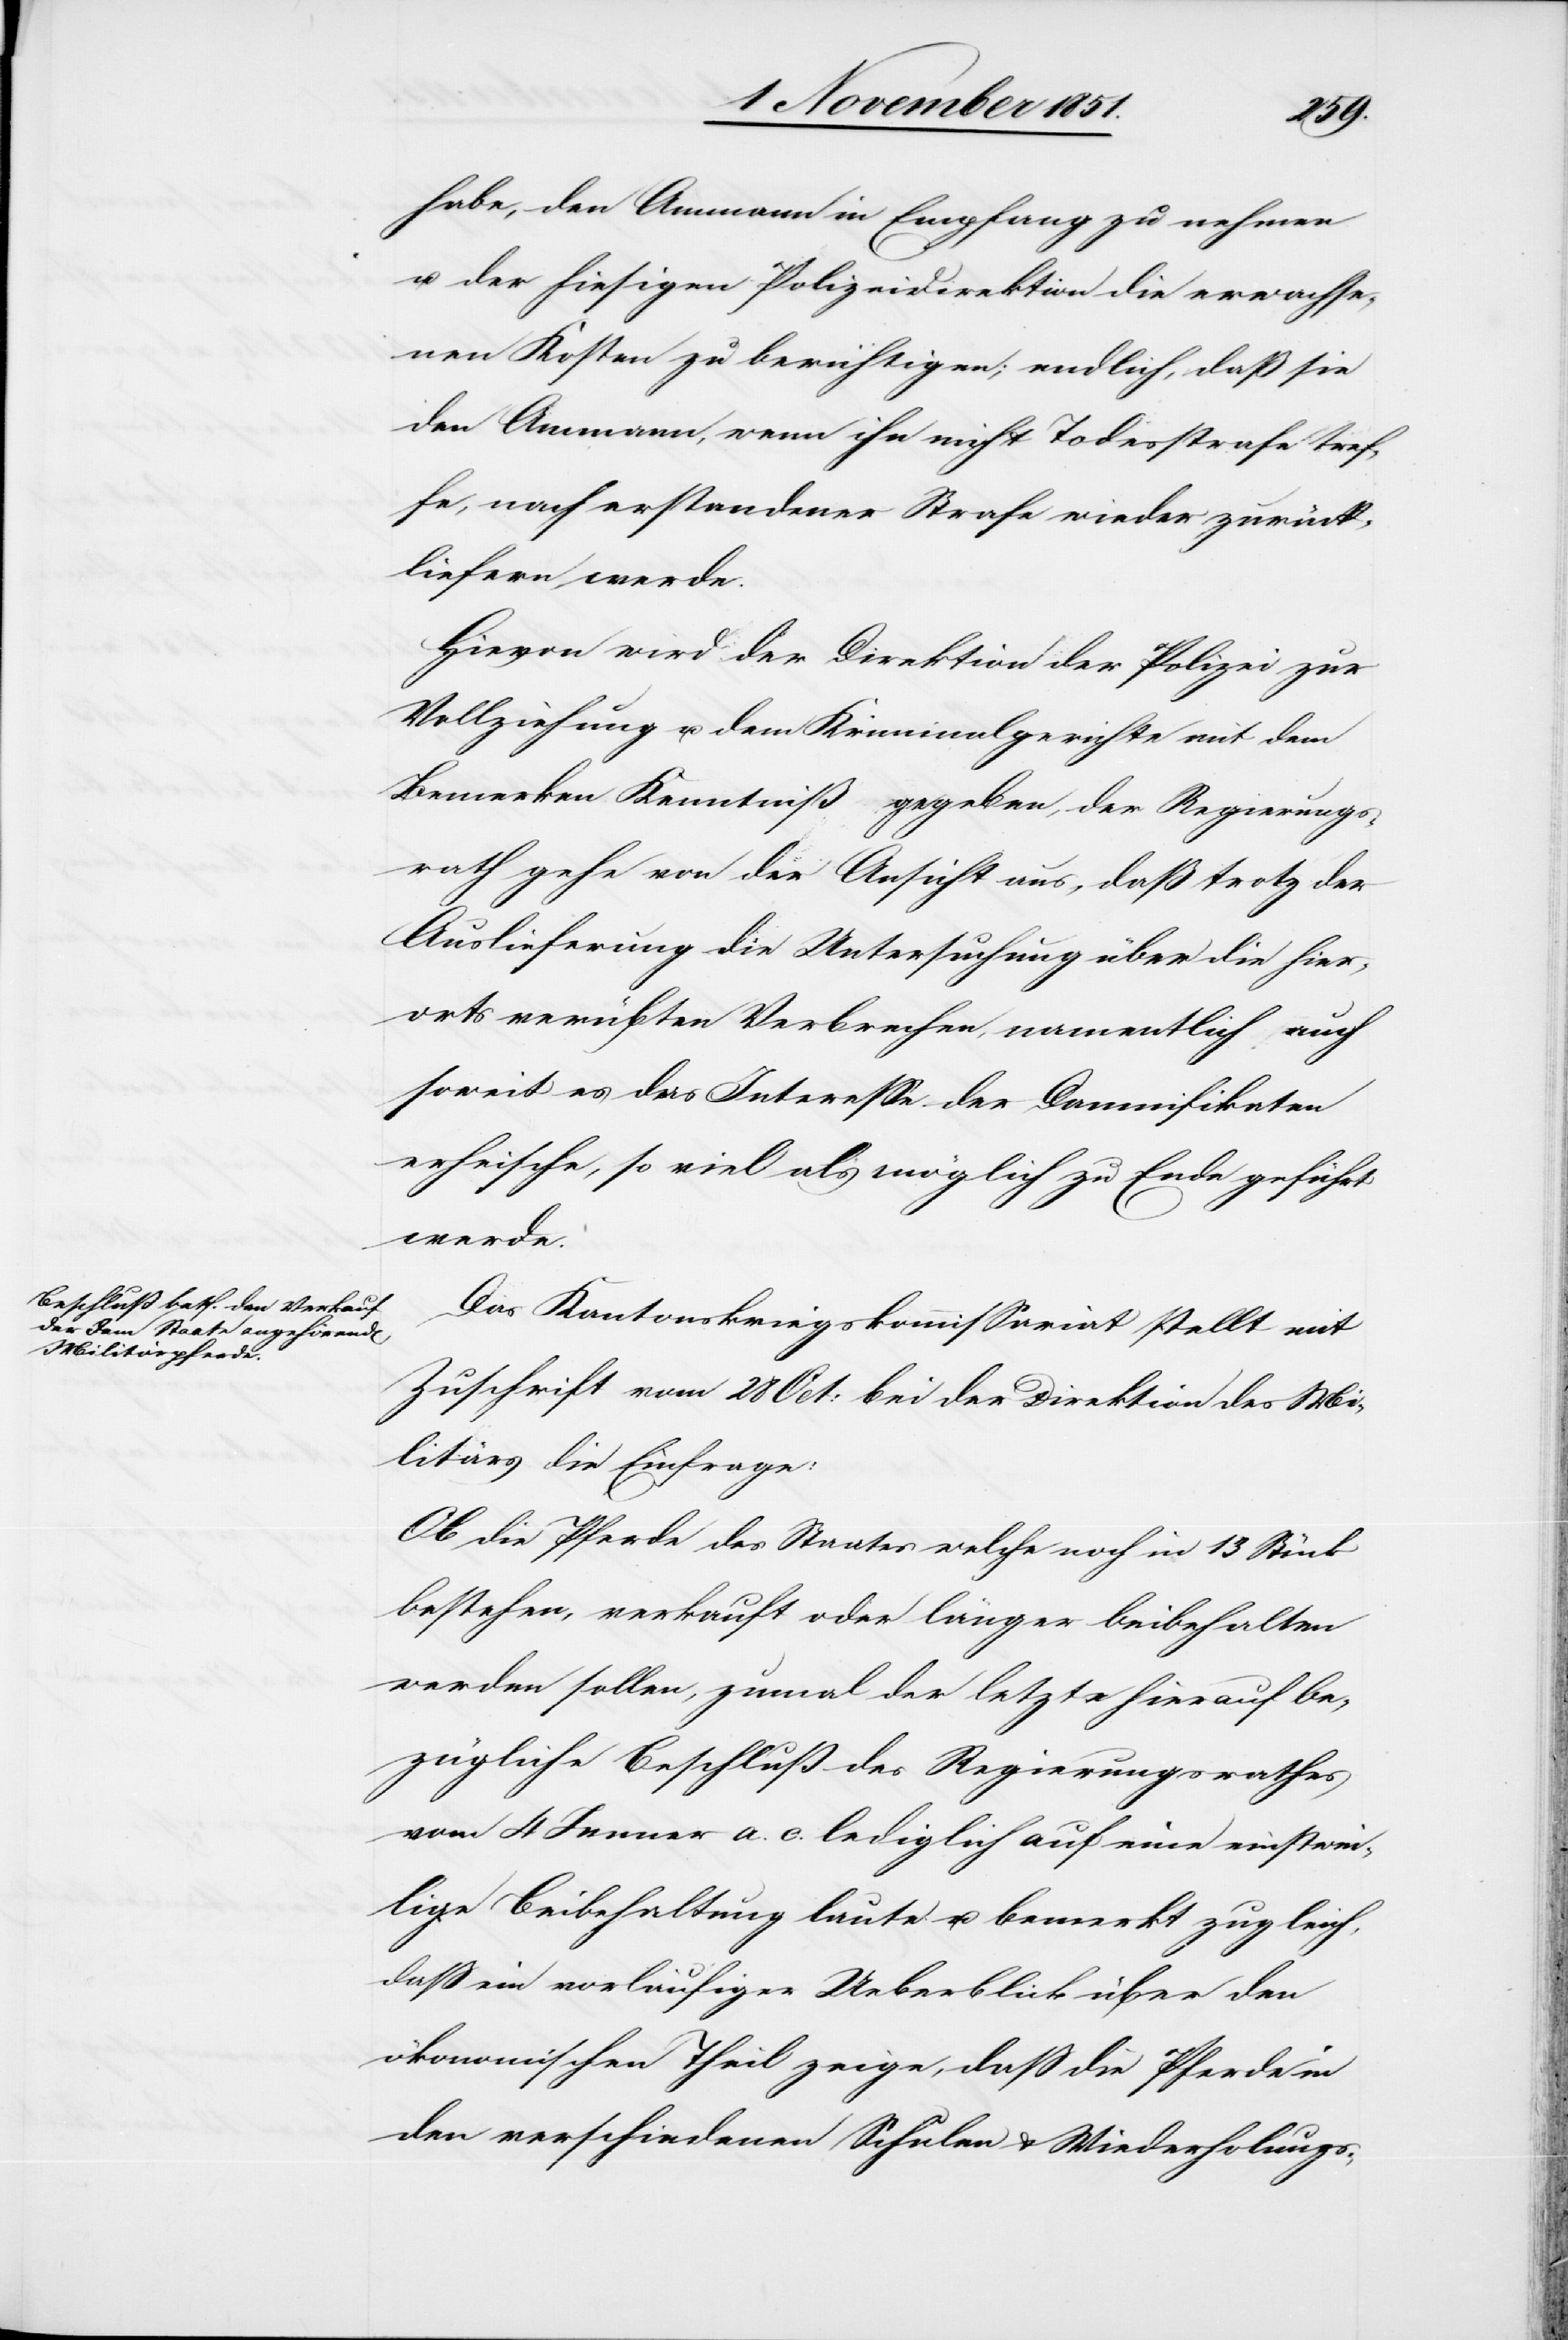
5 November 1851.]
habe, den Ammann in Empfang zu nehmen
u. der hiesigen Polizeidirektion die erwachse¬
nen Kosten zu berichtigen; endlich, daß sie
den Ammann, wenn ihn nicht Todesstrafe tref¬
fe, nach erstandener Strafe wieder zurück¬
liefern werde.
Hievon wird der Direktion der Polizei zur
Vollziehung u. dem Kriminalgerichte mit dem
Bemerken Kenntniß gegeben, der Regierungs¬
rath gehe von der Ansicht aus, daß trotz der
Auslieferung die Untersuchung über die hier¬
orts verübten Verbrechen, namentlich auch
soweit es das Interesse der Damnifikaten
erheische, so viel als möglich zu Ende geführt
werde.
Das Kantonskriegskommissariat stellt mit
Zuschrift vom 28 Oct: bei der Direktion des Mi¬
litärs die Einfrage:
Ob die Pferde des Staates welche noch in 13 Stück
bestehen, verkauft oder länger beibehalten
werden sollen, zumal der letzte hierauf be¬
zügliche Beschluß des Regierungsrathes
vom 4 Jenner a. c. lediglich auf eine einstwei¬
lige Beibehaltung laute u. bemerkt zugleich,
daß ein vorläufiger Ueberblick über den
ökonomischen Theil zeige, daß die Pferde in
den verschiedenen Schulen & Wiederholungs-